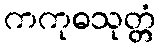
ကကုဓသုတ္တံ